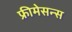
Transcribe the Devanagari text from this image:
फ्रीमेसन्स